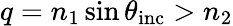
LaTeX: q=n_{1}\sin\theta_{\mathrm{inc}}>n_{2}